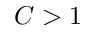
C > 1